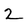
Character: 2